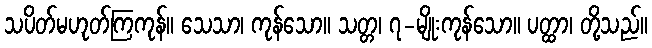
သပိတ်မဟုတ်ကြကုန်။ သေသာ၊ ကုန်သော။ သတ္တ၊ ၇-မျိုးကုန်သော။ ပတ္ထာ၊ တို့သည်။